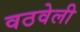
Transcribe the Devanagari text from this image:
वठवेली